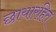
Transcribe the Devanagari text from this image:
छायारहित